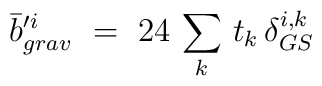
\bar b^{\prime i}_{grav}\ =\ 24\, \sum_k\, t_k\, \delta^{i,k}_{GS}